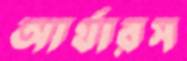
আর্থারস